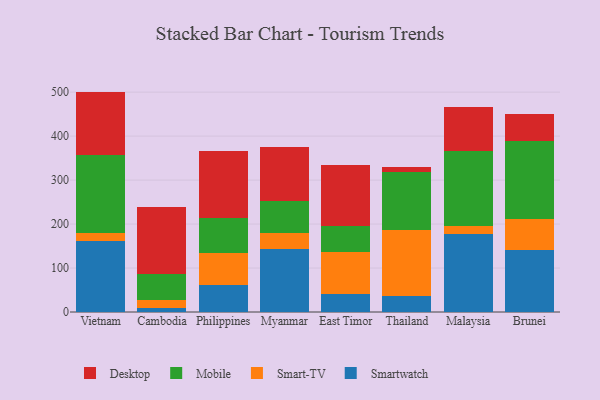
{"axis": {"x": "Country", "y": "Shipments"}, "legend": ["Desktop", "Mobile", "Smart-TV", "Smartwatch"], "data": [{"x": "Vietnam", "y": 160.4, "type": "Smartwatch"}, {"x": "Vietnam", "y": 18.7, "type": "Smart-TV"}, {"x": "Vietnam", "y": 177.6, "type": "Mobile"}, {"x": "Vietnam", "y": 144.5, "type": "Desktop"}, {"x": "Cambodia", "y": 8.5, "type": "Smartwatch"}, {"x": "Cambodia", "y": 19.3, "type": "Smart-TV"}, {"x": "Cambodia", "y": 58.9, "type": "Mobile"}, {"x": "Cambodia", "y": 152.1, "type": "Desktop"}, {"x": "Philippines", "y": 61.0, "type": "Smartwatch"}, {"x": "Philippines", "y": 73.3, "type": "Smart-TV"}, {"x": "Philippines", "y": 78.9, "type": "Mobile"}, {"x": "Philippines", "y": 151.9, "type": "Desktop"}, {"x": "Myanmar", "y": 143.2, "type": "Smartwatch"}, {"x": "Myanmar", "y": 37.0, "type": "Smart-TV"}, {"x": "Myanmar", "y": 72.9, "type": "Mobile"}, {"x": "Myanmar", "y": 123.0, "type": "Desktop"}, {"x": "East Timor", "y": 41.2, "type": "Smartwatch"}, {"x": "East Timor", "y": 95.4, "type": "Smart-TV"}, {"x": "East Timor", "y": 59.1, "type": "Mobile"}, {"x": "East Timor", "y": 137.6, "type": "Desktop"}, {"x": "Thailand", "y": 35.5, "type": "Smartwatch"}, {"x": "Thailand", "y": 151.9, "type": "Smart-TV"}, {"x": "Thailand", "y": 131.3, "type": "Mobile"}, {"x": "Thailand", "y": 12.1, "type": "Desktop"}, {"x": "Malaysia", "y": 177.9, "type": "Smartwatch"}, {"x": "Malaysia", "y": 17.0, "type": "Smart-TV"}, {"x": "Malaysia", "y": 170.8, "type": "Mobile"}, {"x": "Malaysia", "y": 100.6, "type": "Desktop"}, {"x": "Brunei", "y": 140.0, "type": "Smartwatch"}, {"x": "Brunei", "y": 72.5, "type": "Smart-TV"}, {"x": "Brunei", "y": 175.4, "type": "Mobile"}, {"x": "Brunei", "y": 62.8, "type": "Desktop"}]}